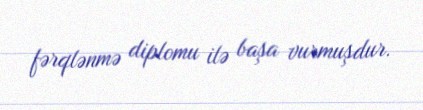
fərqlənmə diplomu ilə başa vurmuşdur.